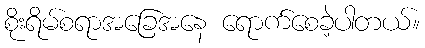
စိုးရိမ်စရာအခြေအနေ ရောက်စေခဲ့ပါတယ်။